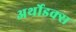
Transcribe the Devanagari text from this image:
अर्थोडक्स